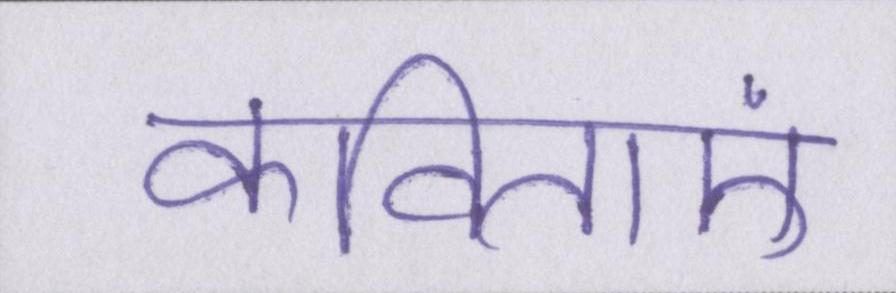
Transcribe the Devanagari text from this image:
कविताएं